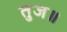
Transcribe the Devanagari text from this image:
तुज॥